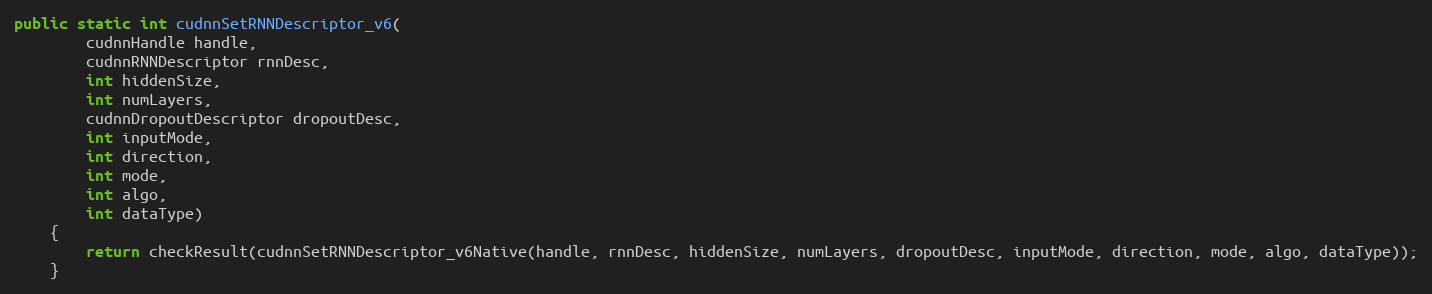
Language: Java
public static int cudnnSetRNNDescriptor_v6(
        cudnnHandle handle,
        cudnnRNNDescriptor rnnDesc,
        int hiddenSize,
        int numLayers,
        cudnnDropoutDescriptor dropoutDesc,
        int inputMode,
        int direction,
        int mode,
        int algo,
        int dataType)
    {
        return checkResult(cudnnSetRNNDescriptor_v6Native(handle, rnnDesc, hiddenSize, numLayers, dropoutDesc, inputMode, direction, mode, algo, dataType));
    }